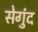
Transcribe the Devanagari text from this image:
सेगुंद